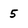
Character: 5